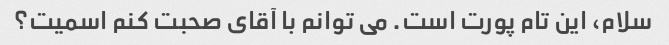
سلام، این تام پورت است. می توانم با آقای صحبت کنم اسمیت؟